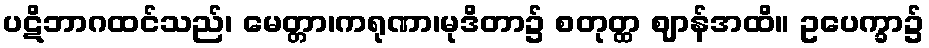
ပဋိဘာဂထင်သည်၊ မေတ္တာ၊ကရုဏာ၊မုဒိတာ၌ စတုတ္ထ ဈာန်အထိ။ ဥပေက္ခာ၌